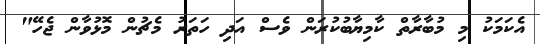
އެކަމަކު މި މުބާރާތް ކާމިޔާބުކުރަން ވެސް އަދި ހަތަރު މެޗުން މޮޅުވާން ޖެހޭ"